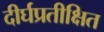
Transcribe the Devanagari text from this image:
दीर्घप्रतीक्षित